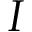
I